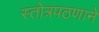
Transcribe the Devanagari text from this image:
स्तोत्रपठणाने